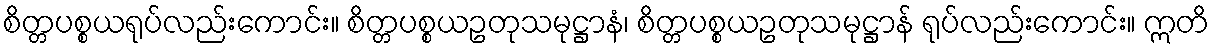
စိတ္တပစ္စယရုပ်လည်းကောင်း။ စိတ္တပစ္စယဥတုသမုဋ္ဌာနံ၊ စိတ္တပစ္စယဥတုသမုဋ္ဌာန် ရုပ်လည်းကောင်း။ ဣတိ